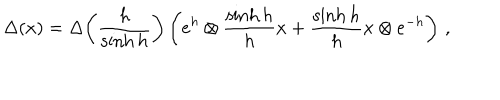
LaTeX: \Delta ( x ) = \Delta \! \left( \frac { h } { \sinh h } \right) \left( e ^ { h } \otimes \frac { \sinh h } { h } x + \frac { \sinh h } { h } x \otimes e ^ { - h } \right) \, ,